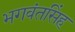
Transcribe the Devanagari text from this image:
भगवंतसिंह